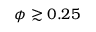
\phi \gtrsim 0 . 2 5